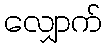
လျှောက်